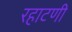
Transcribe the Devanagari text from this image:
रहाटणी